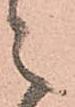
之